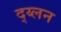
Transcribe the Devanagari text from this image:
द्य्लन